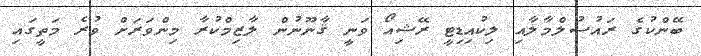
ބޭންކުގެ ރައުސުލްމާލާއި ލިކުއިޑިޓީ ރޭޝިއޯ ވަނީ ޤާނޫނުން ލާޒިމްކުރާ މިންވަރަށް ވުރެ މަތީގައި